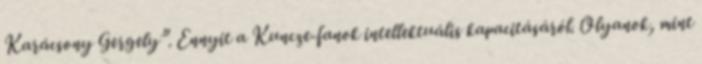
Karácsony Gergely”. Ennyit a Kuncze-fanok intellektuális kapacitásáról. Olyanok, mint